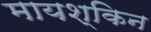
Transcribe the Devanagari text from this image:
मायश्किन